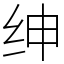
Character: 绅